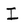
Character: I